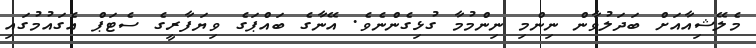
މެލޭޝިއާއަށް ބަދަލުވާން ނިންމި ނިންމުމާ ގުޅިގެންނެވެ. އޭނާގެ ބައްޕަގެ ވިޔަފާރީގެ ސެޓަޕް އެގައުމުގައި